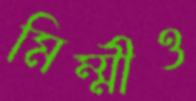
মিম্মীও